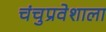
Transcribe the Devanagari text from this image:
चंचुप्रवेशाला